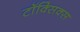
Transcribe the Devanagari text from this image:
टॉक्सिक्स